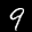
Label: 9